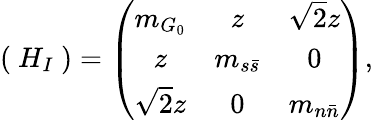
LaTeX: (~H_{I}~)=\left(\begin{array}{ccc}{{m_{G_{0}}}}&{{z}}&{{\sqrt{2}z}}\\ {{z}}&{{m_{s\bar{s}}}}&{{0}}\\ {{\sqrt{2}z}}&{{0}}&{{m_{n\bar{n}}}}\end{array}\right),